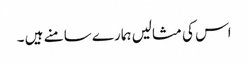
اس کی مثالیں ہمارے سامنے ہیں ۔